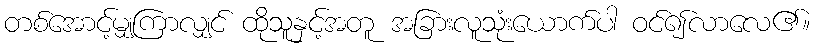
တစ်အောင့်မျှကြာလျှင် ထိုသူနှင့်အတူ အခြားလူသုံးယောက်ပါ ဝင်၍လာလေ၏။